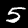
Label: 5